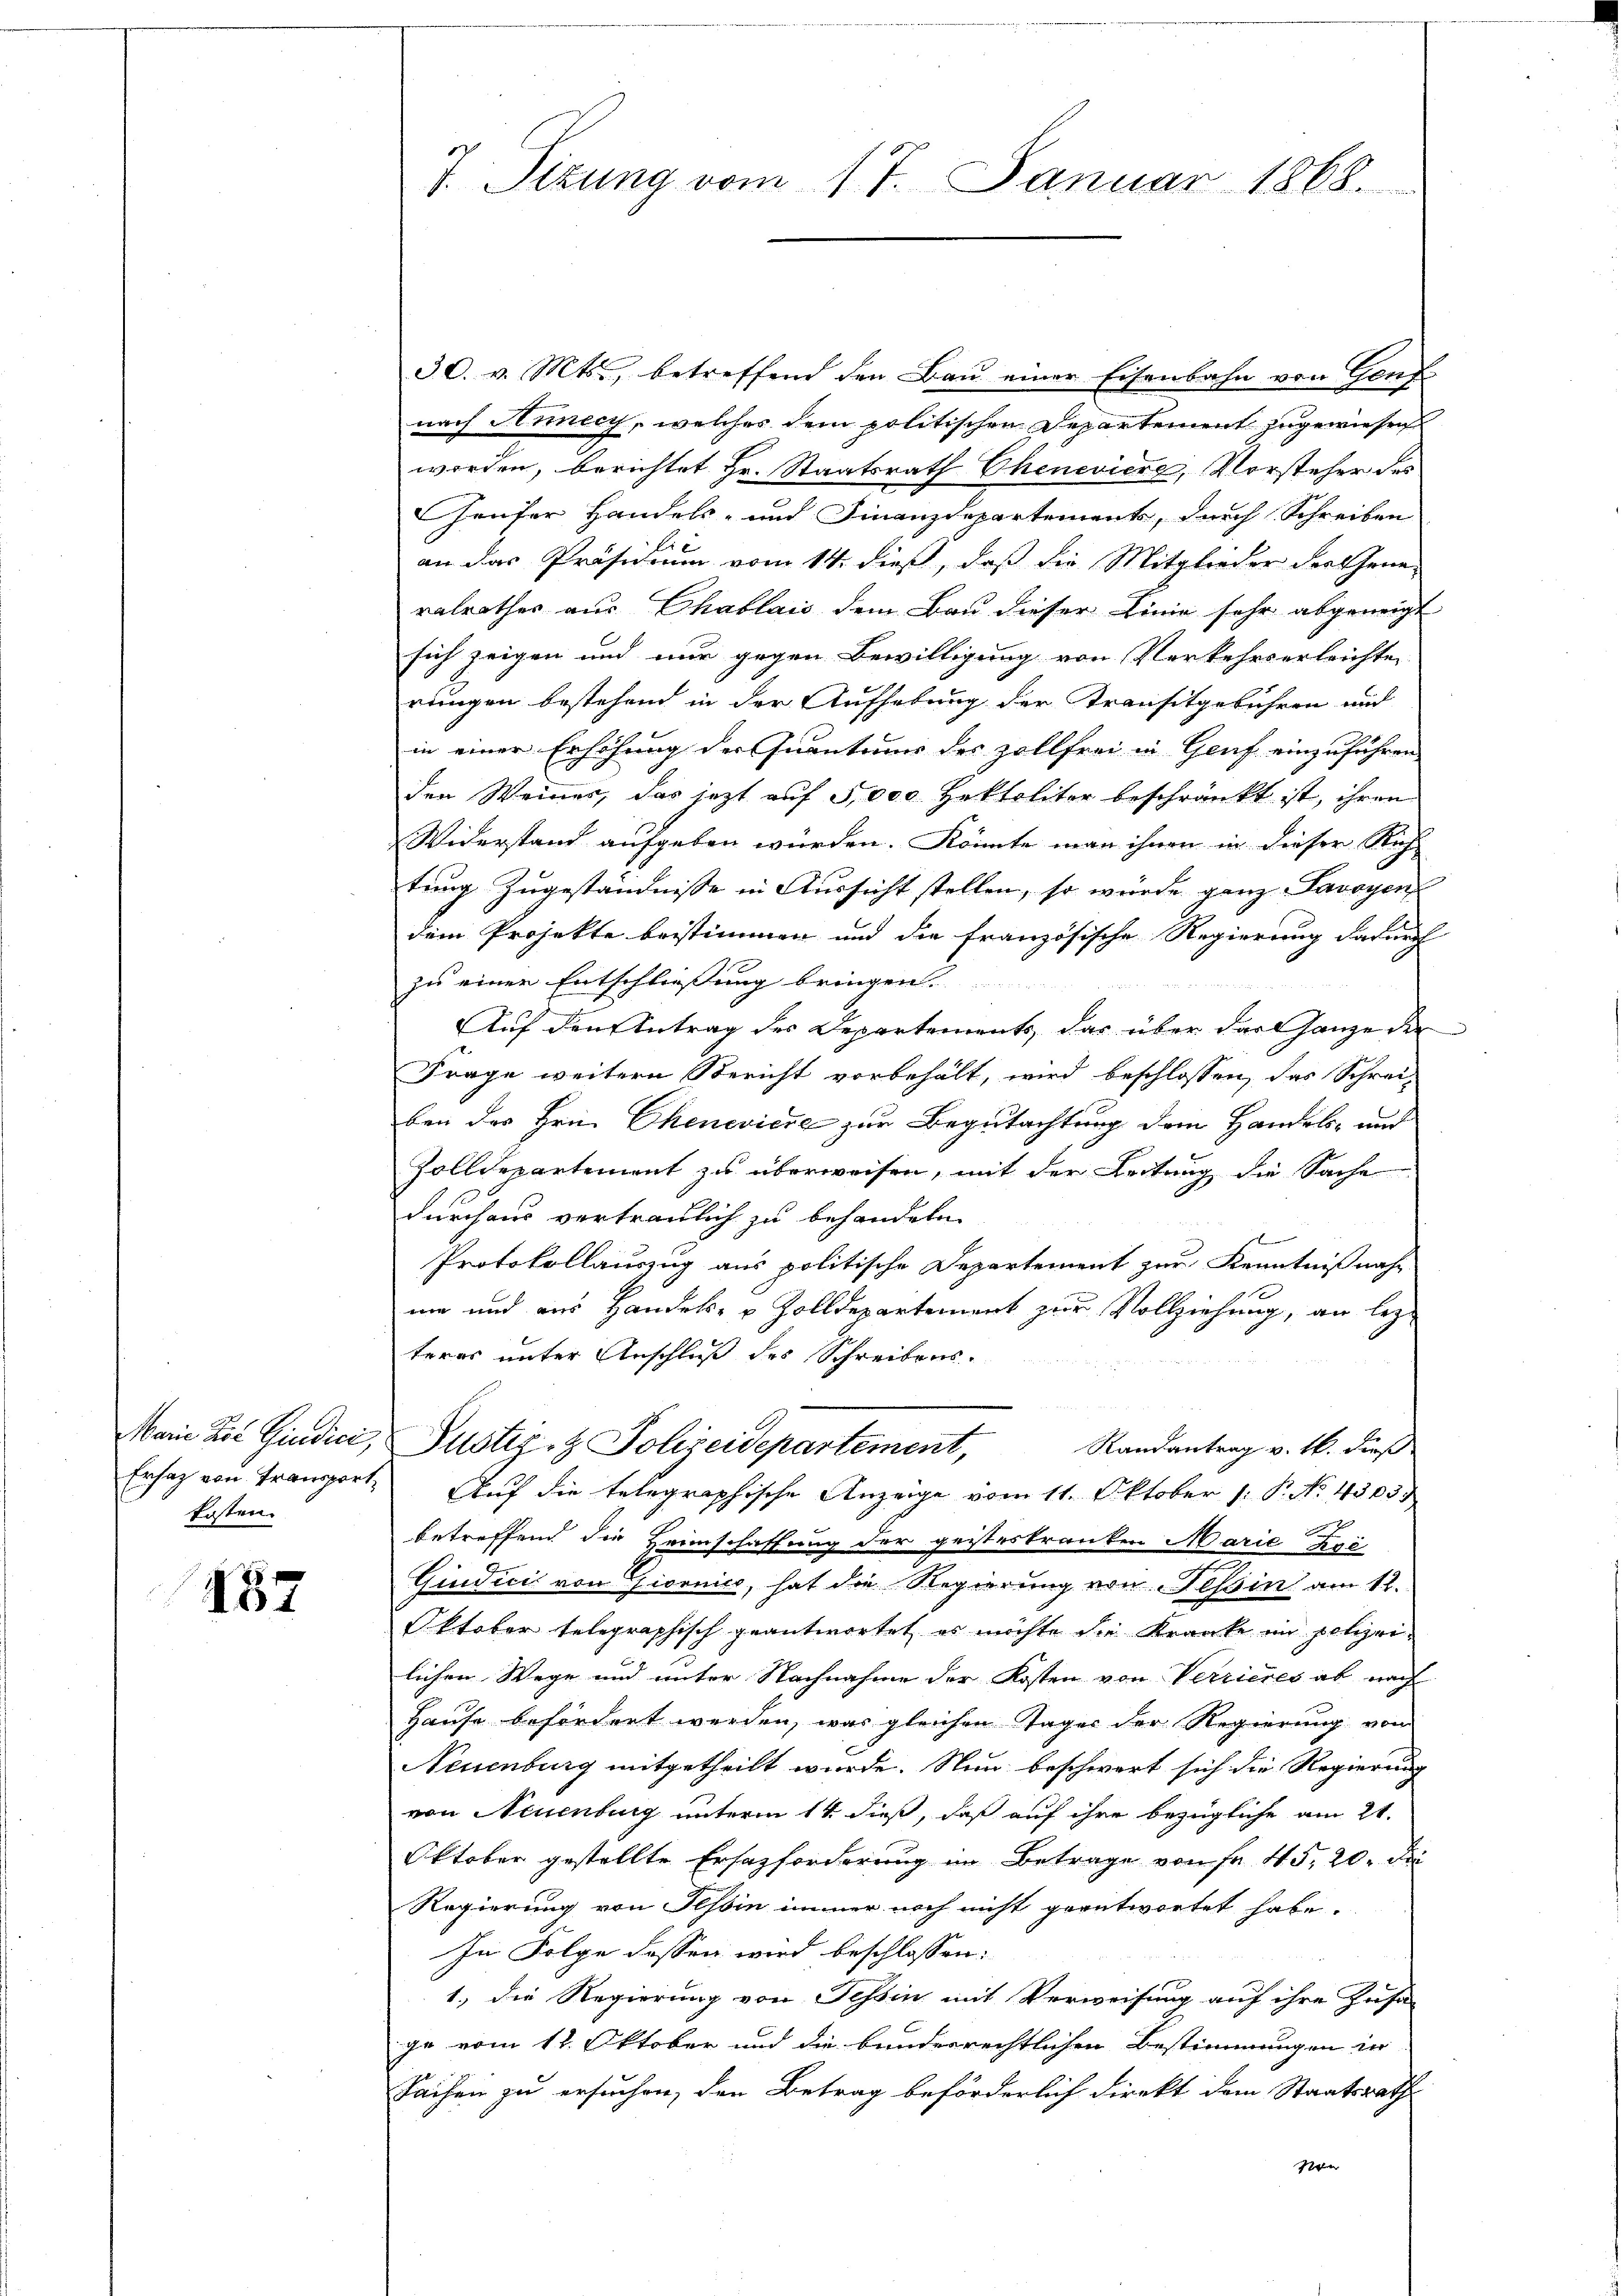
kosten.

457

30. v. Mts., betreffend den Bau einer Eisenbahn von Genf
nach Hunecy, welches dem politischen Departement zugewiesen
worden, berichtet Hr. Staatsrath Cheneviere, Vorsteher des
Häuser Handels- und Finanzdepartement, durch Schreiben
an das Präsidium vom 14. dieß, daß die Mitglieder der Gene-
ralrathes aus Chablais dem Bau dieser Linie sehr abgeneigt
sich zeigen und nur gegen Bewilligung von Verkehrserleichte
rungen bestehend in der Aufhebung der Transitgebühren aud
in einer Erhöhung der Quantums des Zollfrei in Genf einzuführen
den Weiner, das jetzt auf 5,000 Hokteliter beschränkt ist, ihren
Widerstand aufgeben würden. Könnte man ihnen in dieser Rich
tung zugeständnisse in Aussicht stellen, so würde ganz Savoyen
dem Projekte beistimmen und die französische Regierung dadurch
zu einer Entschließung bringen.

Auf den Antrag des Departements das über das Ganze der
Frage weitern Bericht vorbehält, wird beschlossen, das Schrei-
ben des Hrn. Chenevicie zur Begutachtung dem Handels- und
Zolldepartement zu überweisen, mit der Leitung die Sache
durchaus vertraulich zu behandeln.
4
Protokollauszug aus politische Departement zur Kenntnißnahnie und aus Handels- & Zolldepartement zur Vollziehung, an lez
teres unter Anschluß des Schreibens-
Marie Die Gindici, Justiz- & Polizeidepartement, Randantrag v. 16. dieß
Ersatz von Transport, Auf die telegraphische Anzeige vom 11. Oktober 1. P. No. 43033
betreffend die Heimschaffung der geisteskranken Marie Zei
Giudicis von Giornico, hat die Regierung von Tessin am 12.
ktober telegraphisch geantwortet es möchte die Kranke im Polizeilichen Wege und unter Nachnahme der Kosten von Verrieres ab nach
Hause befördert werden, was gleichen Tages der Regierung von
Neuenburg mitgetheilt wurde. Nun beschwert sich die Regierung
von Neuenburg unterm 14. dieß, daß auf ihre bezügliche am 21.
Oktober gestellte Ersazforderung im Betrage von Fr. 45, 20. die
Regierung von Tessin immer noch nicht geantwortet habe.
In Folge dessen wird beschlossen:
1., die Regierung von Tessin mit Verweisung auf ihre Zusa
ge vom 12. Oktober und die bunderrechtlichen Bestimmungen in
Sachen zu ersuchen, den Betrag beförderlich direkt dem Staatsrath
sen

7. Sizung vom 17. Januar 1868.

.